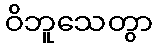
ဝိဘူသေတွာ